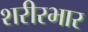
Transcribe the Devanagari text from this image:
शरीरभार